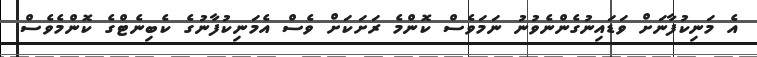
އެ މަނިކުފާނަށް ވަޑައިނުގެންނެވުނު ނަމަވެސް ކޮންމެ ރަށަކަށް ވެސް އެމަނިކުފާނުގެ ކެބިނެޓްގެ ކޮންމެވެސް